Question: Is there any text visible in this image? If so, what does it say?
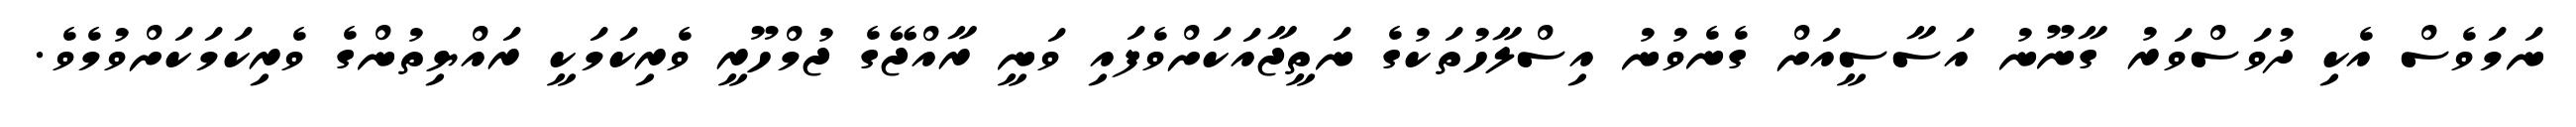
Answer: ނަމަވެސް އެކި ދުވަސްވަރު ގާނޫނު އަސާސީއަށް ގެނެވުނު އިސްލާހުތަކުގެ ނަތީޖާއަކަށްވެފައި ވަނީ ރާއްޖޭގެ ޖުމްހޫރީ ވެރިކަމަކީ ރައްޔިތުންގެ ވެރިކަމަކަށްވުމެވެ.